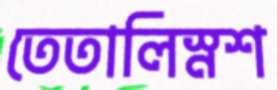
তেতালিস্নশ